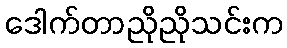
ဒေါက်တာညိုညိုသင်းက